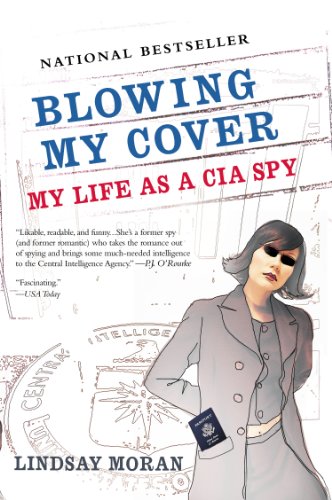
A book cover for Blowing My Cover: My Life as a CIA Spy; Lindsay Moran; Biographies & Memoirs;